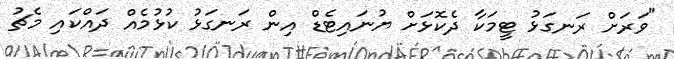
"ވަރަށް ރަނގަޅު ޓީމަކާ ދެކޮޅަށް ޔުނައިޓެޑް އިން ރަނގަޅު ކުޅުމެއް ދައްކައި މެޗު